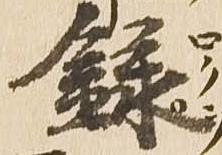
録